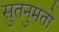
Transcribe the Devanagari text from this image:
सुतनुमतो